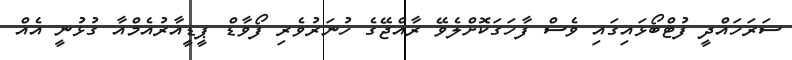
ސަރަހައްދީ ފުޓްބޯޅައިގައި ވެސް ފާހަގަކޮށްލެވޭ ރާއްޖޭގެ ހުނަރުވެރި ފޯވާޑް ޕީޑީއާރުއެމްއާ ގުޅުނީ އެއް